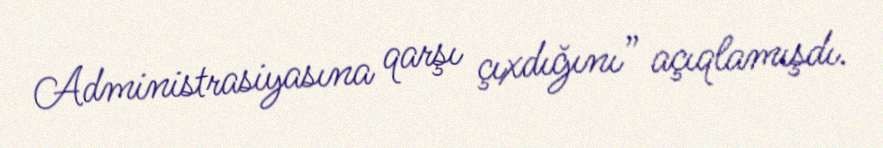
Administrasiyasına qarşı çıxdığını” açıqlamışdı.